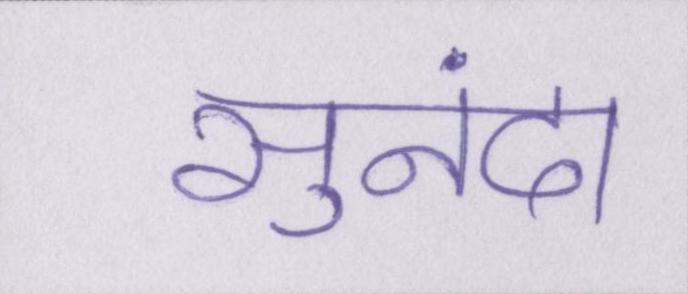
सुनंदा